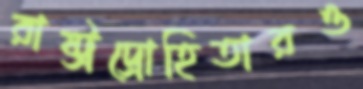
রাষ্ট্রদ্রোহিতারও